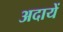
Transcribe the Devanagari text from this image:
अदायें